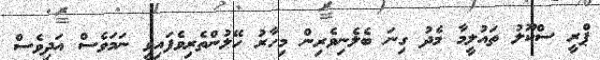
ޕްރީ ސްކޫލު ތައުލީމާ މެދު ގިނަ ބެލެނިވެރިން މިހާރު ހޭލުންތެރިވެފައިވީ ނަމަވެސް އަދިވެސް